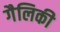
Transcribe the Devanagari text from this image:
गैलिकी